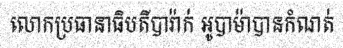
លោកប្រធានាធិបតីបារ៉ាក់ អូបាម៉ាបានកំណត់